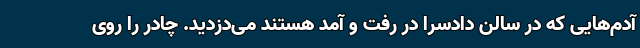
آدم‌هایی که در سالن دادسرا در رفت و آمد هستند می‌دزدید. چادر را روی